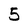
Character: 5